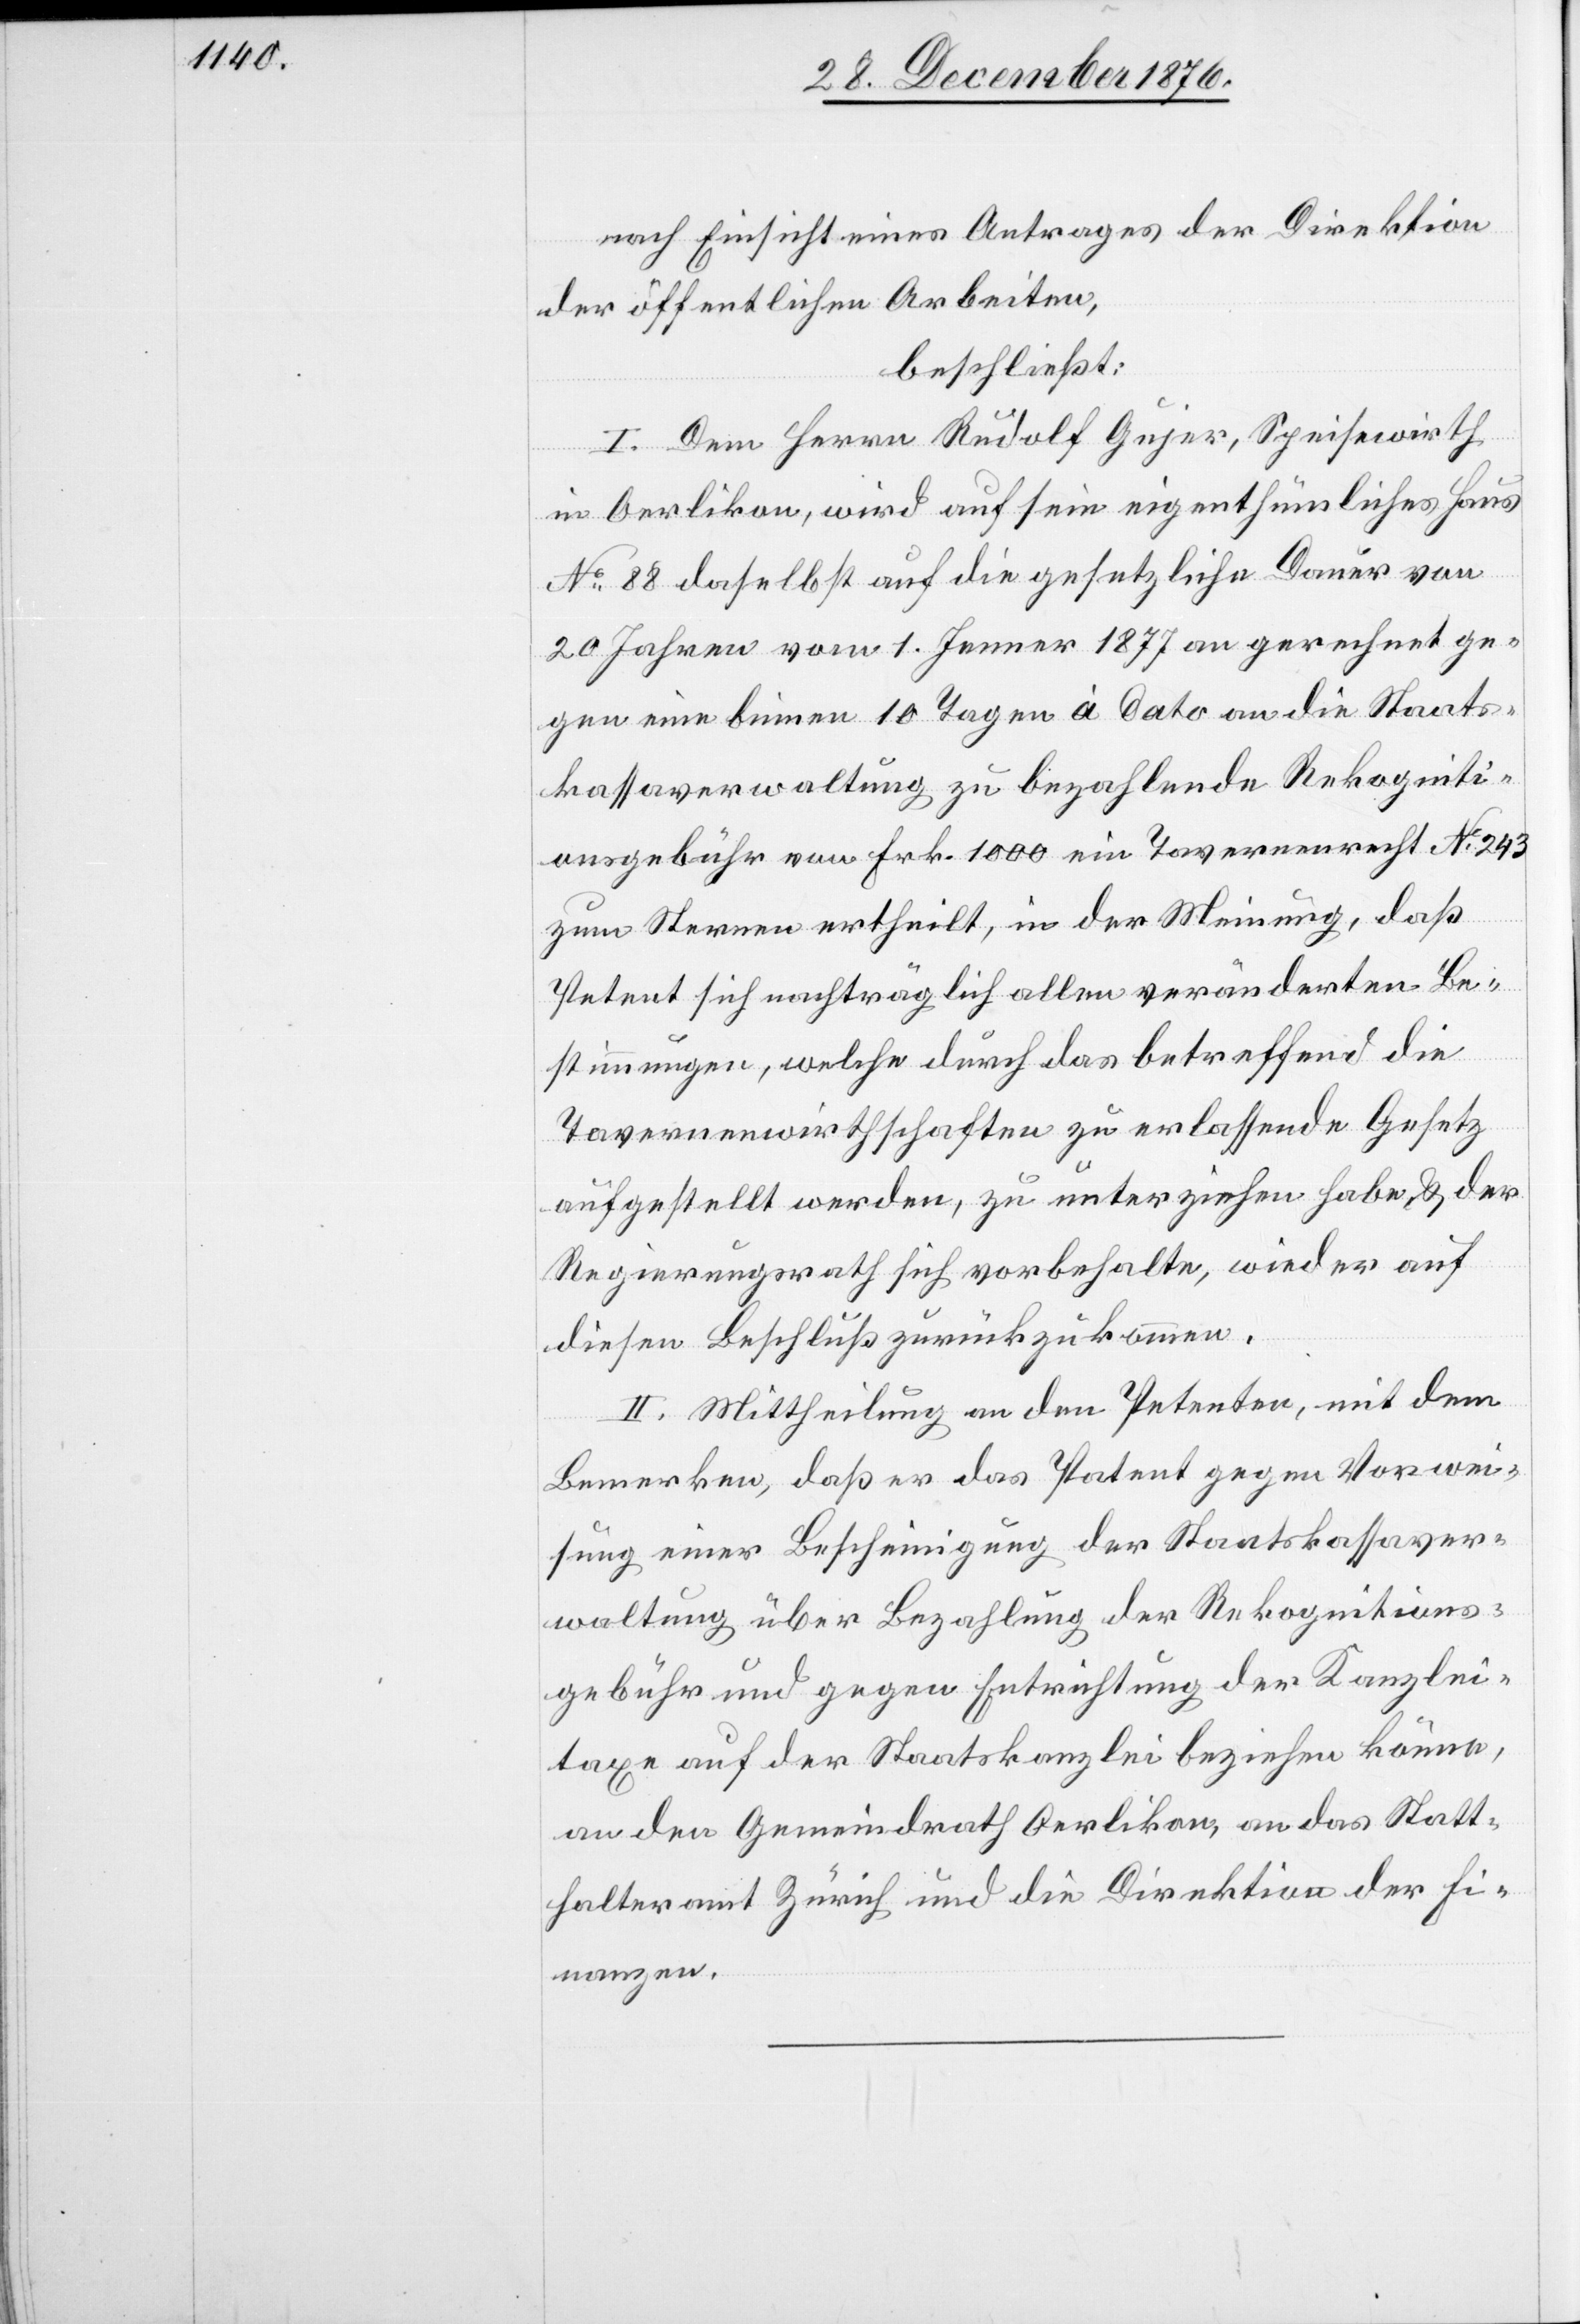
nach Einsicht eines Antrages der Direktion
der öffentlichen Arbeiten,
beschließt:
I. Dem Herrn Rudolf Gujer, Speisewirth
in Oerlikon, wird auf sein eigenthümliches Haus
No 88 daselbst auf die gesetzliche Dauer von
20 Jahren vom 1. Jenner 1877 an gerechnet ge¬
gen eine binnen 10 Tagen à dato an die Staats¬
kassaverwaltung zu bezahlende Rekogniti¬
onsgebühr von Frk. 1000 ein Tavernenrecht No 243
zum Sternen ertheilt, in der Meinung, daß
Petent sich nachträglich allen veränderten Be¬
stimmungen, welche durch das betreffend die
Tavernenwirthschaften zu erlassende Gesetz
aufgestellt werde, zu unterziehen habe & der
Regierungsrath sich vorbehalte, wieder auf
diesen Beschluß zurückzukommen.
II. Mittheilung an den Petenten, mit dem
Bemerken, daß er das Patent gegen Vorwei¬
sung einer Bescheinigung der Staatskassaver¬
waltung über Bezahlung der Rekognitions¬
gebühr und gegen Entrichtung der Kanzlei¬
taxe auf der Staatskanzlei beziehen könne,
an den Gemeindrath Oerlikon, an das Statt¬
halteramt Zürich und die Direktion der Fi¬
nanzen.